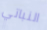
النباتي